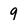
Character: 9